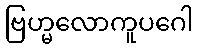
ဗြဟ္မလောကူပဂေါ